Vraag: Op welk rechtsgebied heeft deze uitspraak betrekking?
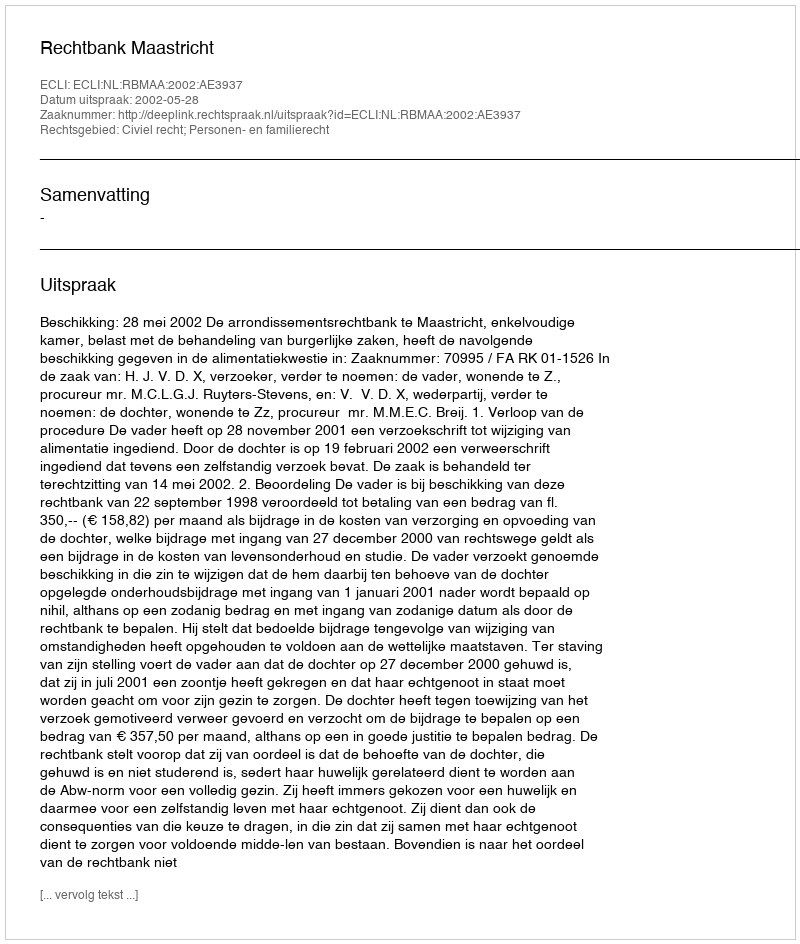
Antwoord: Civiel recht; Personen- en familierecht